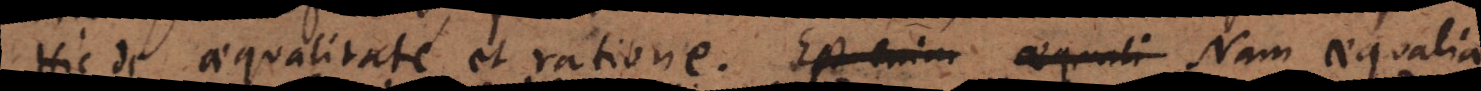
Hic de aequalitate et ratione. Nam aequalia su